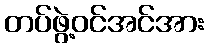
တပ်ဖွဲ့ဝင်အင်အား